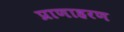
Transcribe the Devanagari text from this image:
प्राणाहरण